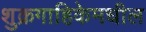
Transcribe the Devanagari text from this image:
शुक्रगाहिकेमधील